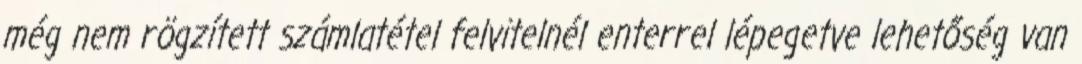
még nem rögzített számlatétel felvitelnél enterrel lépegetve lehetőség van